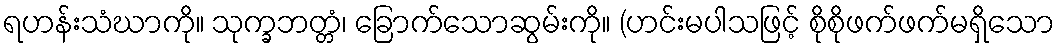
ရဟန်းသံဃာကို။ သုက္ခဘတ္တံ၊ ခြောက်သောဆွမ်းကို။ (ဟင်းမပါသဖြင့် စိုစိုဖက်ဖက်မရှိသော